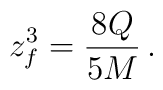
z_f ^3 = {{8Q}\over{5M}} \, .